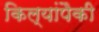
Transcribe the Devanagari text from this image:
किल्यांपैकी